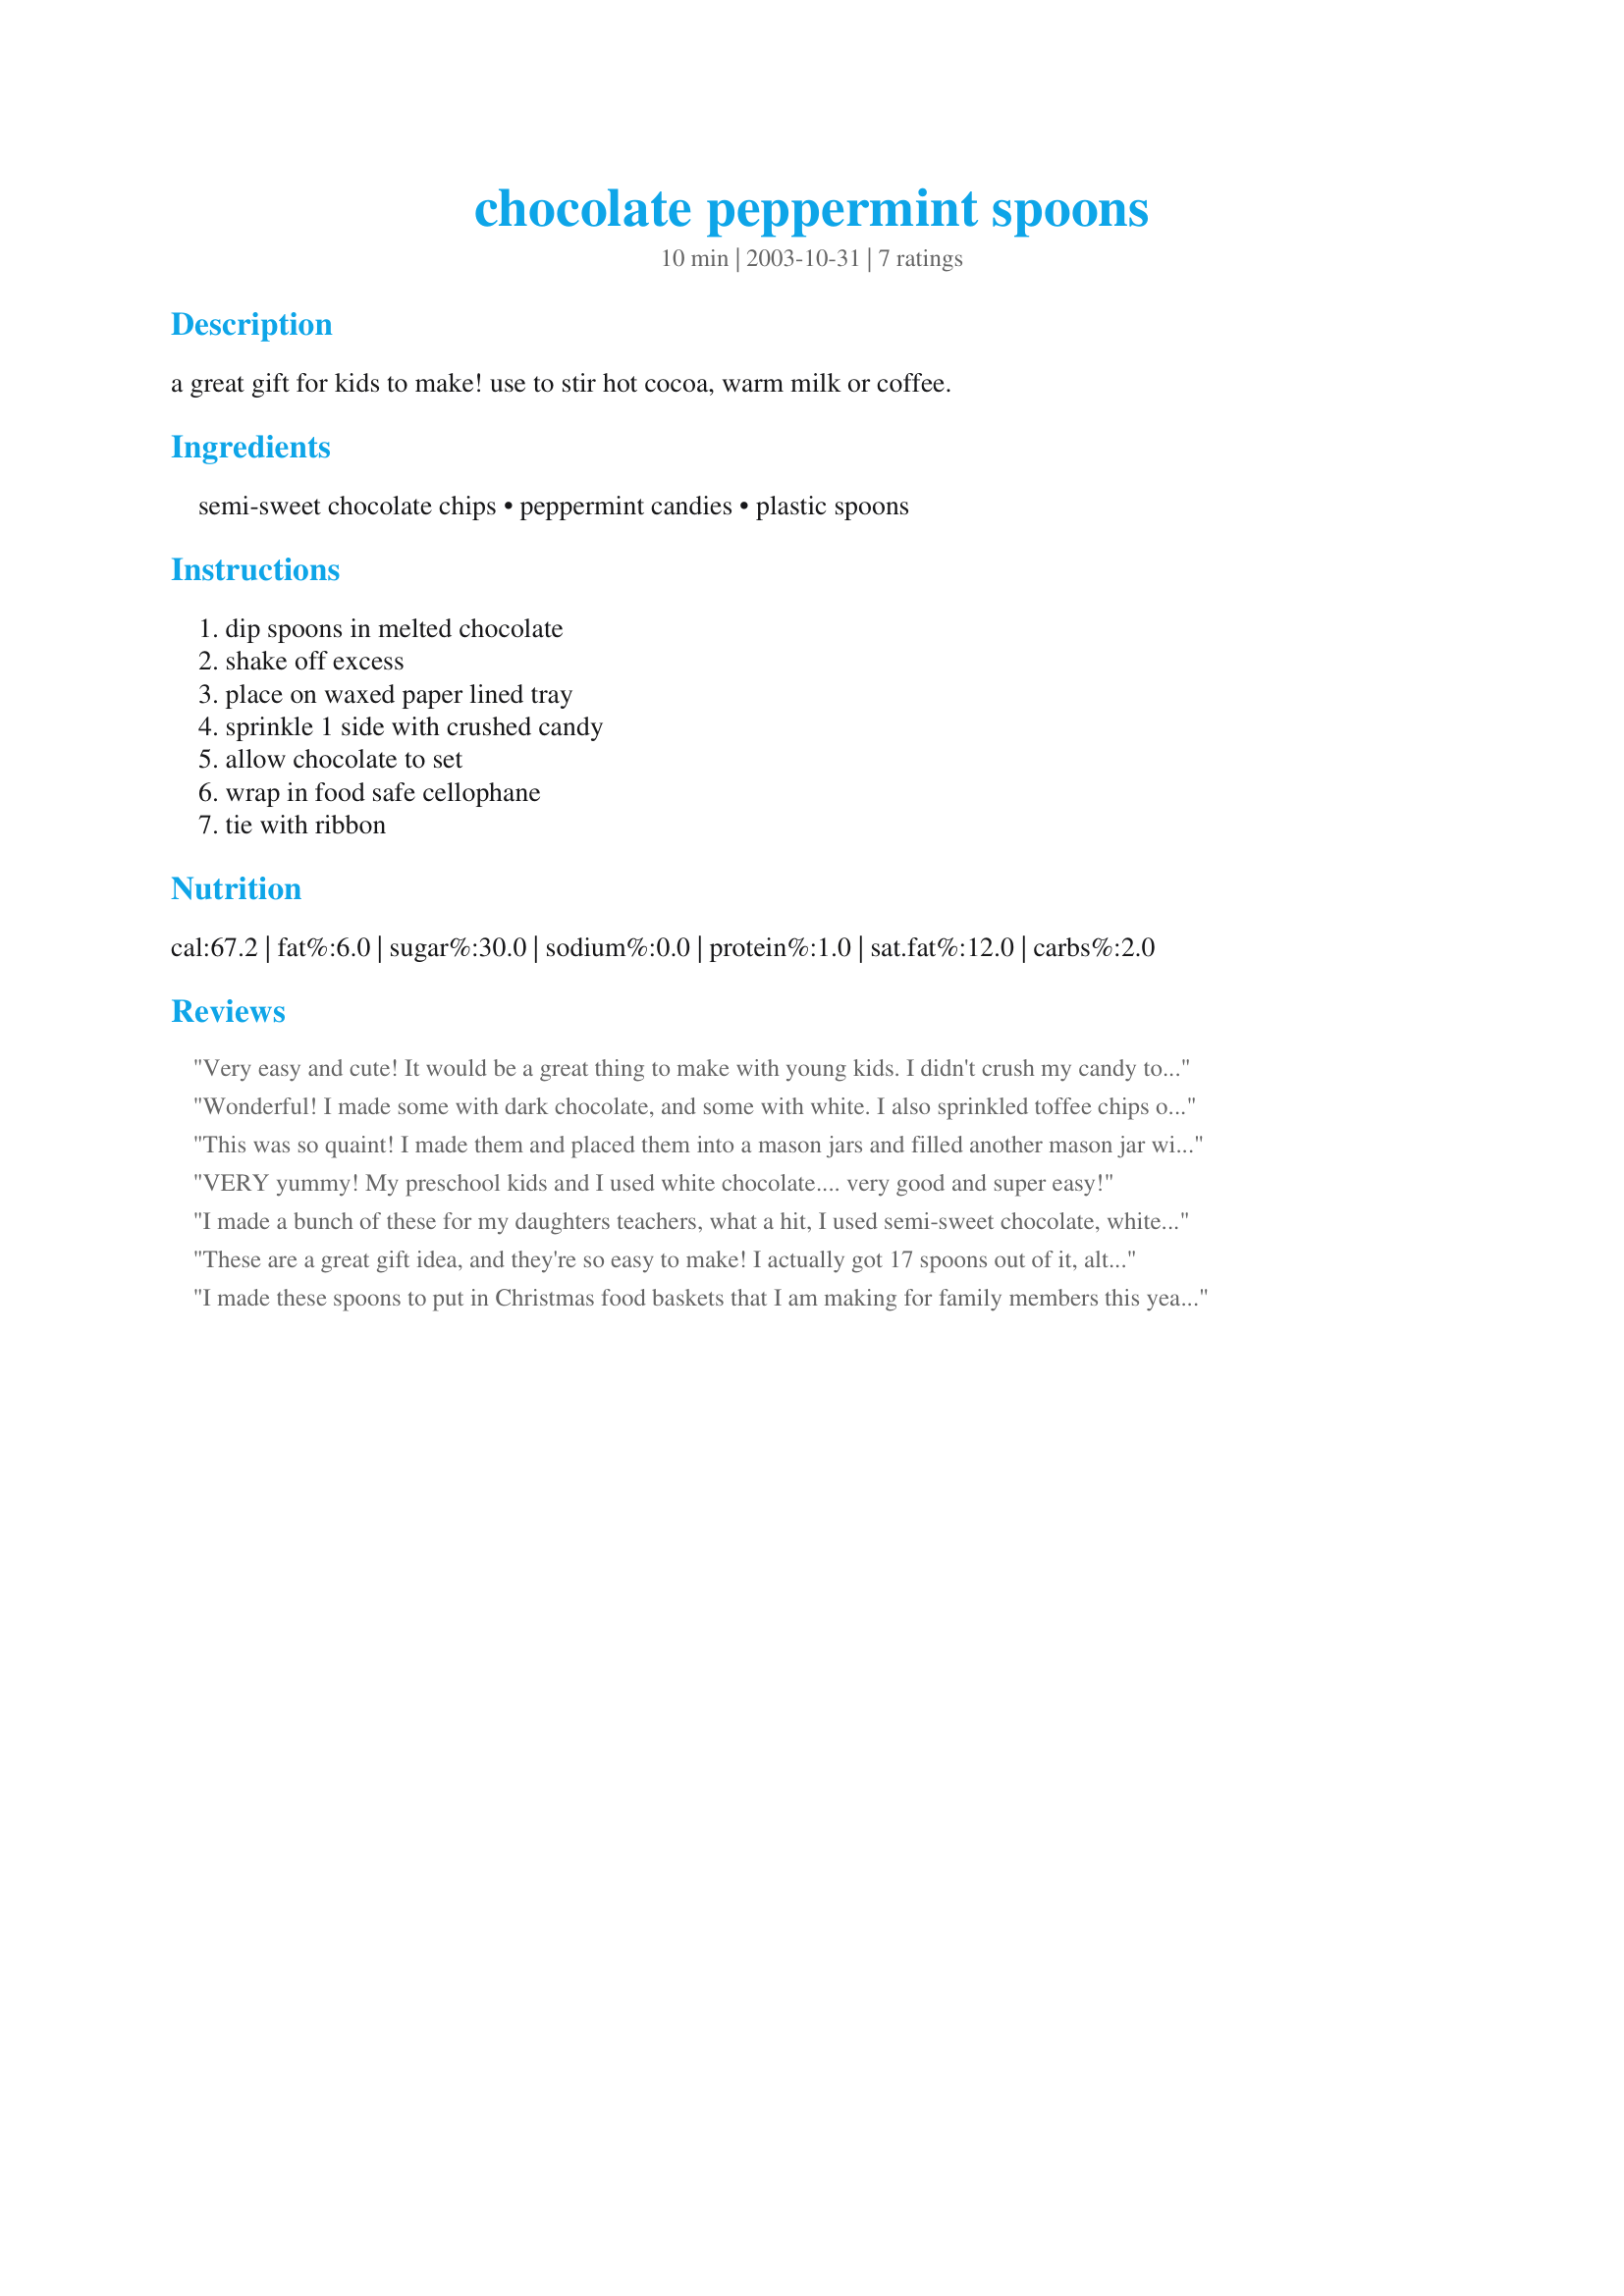
chocolate peppermint spoons
Preparation time: 10 minutes

a great gift for kids to make! use to stir hot cocoa, warm milk or coffee.

Ingredients:
semi-sweet chocolate chips, peppermint candies, plastic spoons

Steps:
dip spoons in melted chocolate, shake off excess, place on waxed paper lined tray, sprinkle 1 side with crushed candy, allow chocolate to set, wrap in food safe cellophane, tie with ribbon

Reviews:
Very easy and cute! It would be a great thing to make with young kids. I didn't crush my candy too fine. The peppermint tastes wonderful with the chocolate! Thanks for sharing.
Wonderful! I made some with dark chocolate, and some with white. I also sprinkled toffee chips on some as well. I included these as gifts with cocoa mix and christmas mugs!
This was so quaint! I made them and placed them into a mason jars and filled another mason jar with hot cocoa mix and marshmellows. I put both jars into baskets with a kitchen towel and 2 coffee mugs. It makes darling gifts for Christmas time. Thank you for the darling idea!
VERY yummy! My preschool kids and I used white chocolate.... very good and super easy!
I made a bunch of these for my daughters teachers, what a hit, I used semi-sweet chocolate, white chocolate and milk chocolate for a color variation. Thanks Jenn
These are a great gift idea, and they're so easy to make! I actually got 17 spoons out of it, although I had to crush a few more mints. I tried one in my coffee this morning, and it gave it a nice light, minty flavor! Thanks for sharing this cute recipe, Sharon!
I made these spoons to put in Christmas food baskets that I am making for family members this year. They will be enjoyed in the coffee, cocoa and tea mixes I made for everyone!
